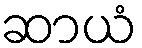
ဆာယံ